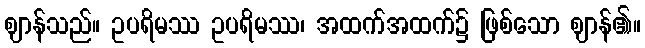
ဈာန်သည်။ ဥပရိမဿ ဥပရိမဿ၊ အထက်အထက်၌ ဖြစ်သော ဈာန်၏။